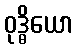
ဝုဒ္ဓိယော